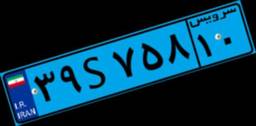
۳۹S۷۵۸۱۰